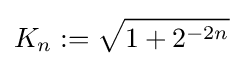
K_{n}:={\sqrt {1+2^{-2n}}}